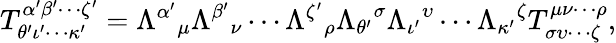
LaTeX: T_{\theta^{\prime}\iota^{\prime}\cdots\kappa^{\prime}}^{\alpha^{\prime}\beta^{\prime}\cdots\zeta^{\prime}}={\Lambda^{\alpha^{\prime}}}_{\mu}{\Lambda^{\beta^{\prime}}}_{\nu}\cdots{\Lambda^{\zeta^{\prime}}}_{\rho}{\Lambda_{\theta^{\prime}}}^{\sigma}{\Lambda_{\iota^{\prime}}}^{\upsilon}\cdots{\Lambda_{\kappa^{\prime}}}^{\zeta}T_{\sigma\upsilon\cdots\zeta}^{\mu\nu\cdots\rho},